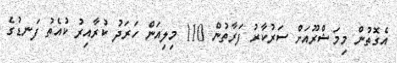
އެގޮތުން މިމަޝްރޫއަށް ސަރުކާރު ފަރާތުން 110 މިލިއަން ހަރަދު ކުރާއިރު ކުއެތު ފަނޑުގެ